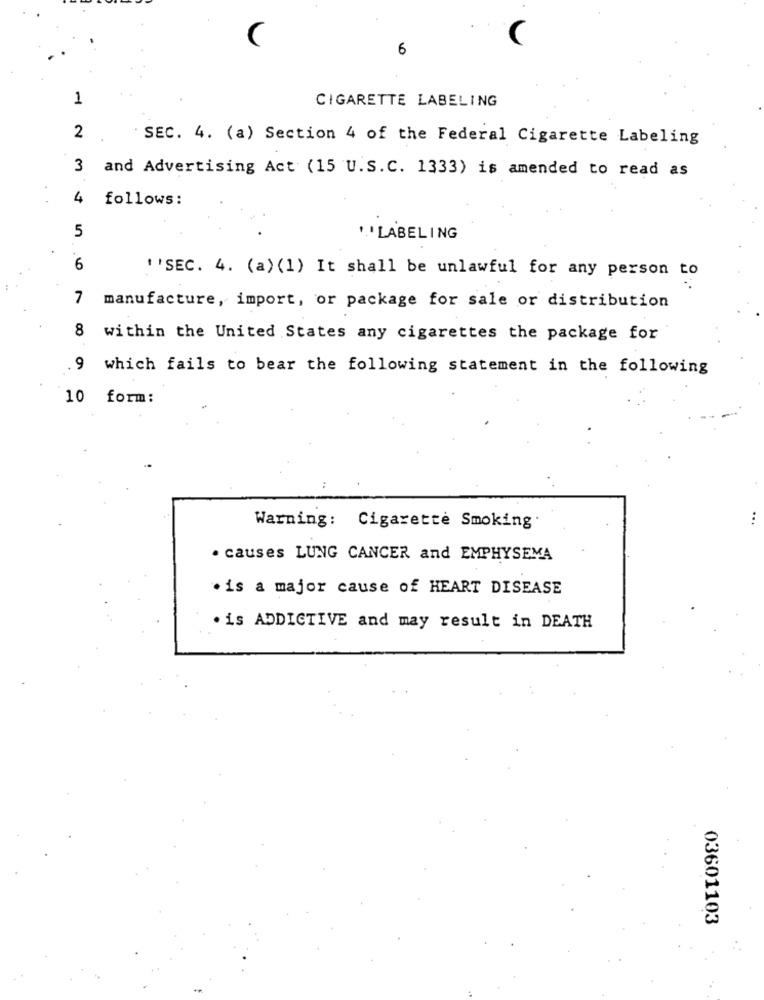
6
1
CIGARETTE LABELING
2
SEC. 4. (a) Section 4 of the Federal Cigarette Labeling
3 and Advertising Act (15 U.S.C. 1333) is amended to read as
4 follows:
5
''LABELING
6
' 'SEC. 4. (a) (1) It shall be unlawful for any person to
7 manufacture, import, or package for sale or distribution
8 within the United States any cigarettes the package for
9 which fails to bear the following statement in the following
10 form:
Warning: Cigarette Smoking
· causes LUNG CANCER and EMPHYSEMA
· is a major cause of HEART DISEASE
. is ADDICTIVE and may result in DEATH
03601103